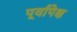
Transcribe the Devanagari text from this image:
पूर्वापेक्ष